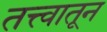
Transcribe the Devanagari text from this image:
तत्त्वातून